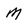
Character: M